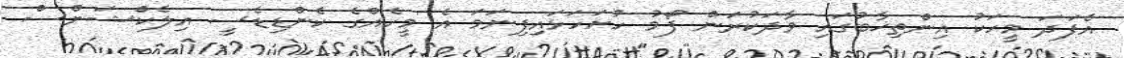
އެފަދަ މީހަކު އިންތިޚާބުގައި ވާދަކުރަން ފޯމު ހުށަހަޅައިފިނަމަ އެ މީހެއްގެ ކެންޑިޑެސީ އިލެކްޝަންސް